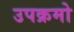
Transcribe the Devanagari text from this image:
उपक्रमो